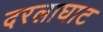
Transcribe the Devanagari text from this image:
दरलाघाट